Indian journal of veterinary science and animal husbandry - Volumes 15-17, 1948-1951
Year: 1948
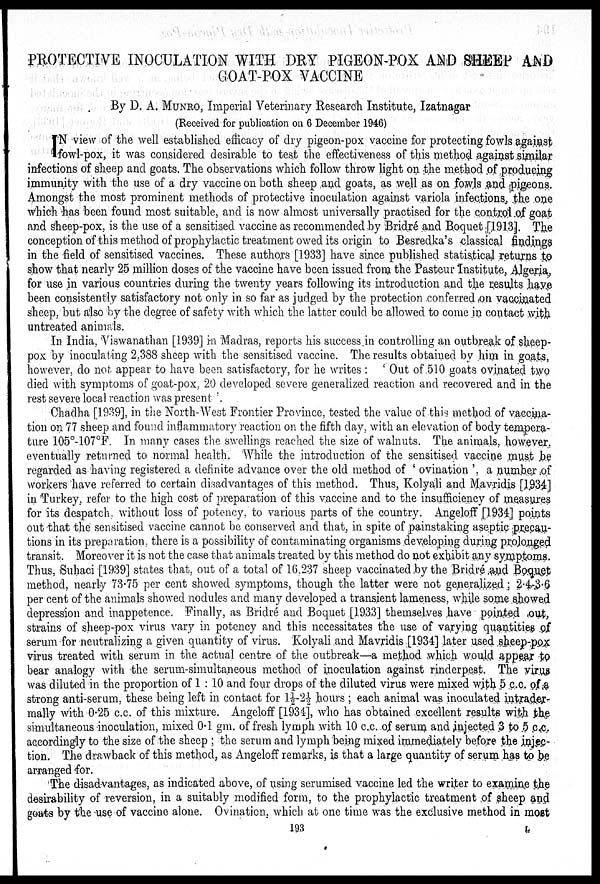
PROTECTIVE INOCULATION WITH DRY PIGEON-POX AND SHEEP AND
GOAT-POX VACCINE
By D. A. MUNRO, Imperial Veterinary Research Institute, Izatnagar
(Received for publication on 6 December 1946)
I N view of the well established efficacy of dry pigeon-pox vaccine for protecting fowls against
fowl-pox, it was considered desirable to test the effectiveness of this method against similar
infections of sheep and goats. The observations which follow throw light on the method of producing
immunity with the use of a dry vaccine on both sheep and goats, as well as on fowls and pigeons.
Amongst the most prominent methods of protective inoculation against variola infections, the one
which has been found most suitable, and is now almost universally practised for the control of goat
and sheep-pox, is the use of a sensitised vaccine as recommended by Bridré and Boquet [1913]. The
conception of this method of prophylactic treatment owed its origin to Besredka's classical findings
in the field of sensitised vaccines. These authors [1933] have since published statistical returns to
show that nearly 25 million doses of the vaccine have been issued from the Pasteur Institute, Algeria,
for use in various countries during the twenty years following its introduction and the results have
been consistently satisfactory not only in so far as judged by the protection conferred on vaccinated
sheep, but also by the degree of safety with which the latter could be allowed to come in contact with
untreated animals.
In India. Viswanathan [1939] in Madras, reports his success in controlling an outbreak of sheep-
pox by inoculating 2.388 sheep with the sensitised vaccine. The results obtained by him in goats,
however, do not appear to have been satisfactory, for he writes: 'Out of .510 goats ovinated two
died with symptoms of goat-pox, 20 developed severe generalized reaction and recovered and in the
rest severe local reaction was present'.
Chadha [1939], in the North-West Frontier Province, tested the value of this method of vaccina-
tion on 77 sheep and found inflammatory reaction on the fifth day, with an elevation of body tempera-
ture 105º-107ºF. In many cases the swellings reached the size of walnuts. The animals, however,
eventually returned to normal health. While the introduction of the sensitised vaccine must be
regarded as having registered a definite advance over the old method of 'ovination', a number of
workers have referred to certain disadvantages of this method. Thus, Kolyali and Mavridis [1934]
in Turkey, refered to the high cost of preparation of this vaccine and to the insufficiency of measures
for its despatch, without loss of potency, to various parts of the country. Angeloff [1934] points
out that the sensitised vaccine cannot be conserved and that, in spite of painstaking aseptic precau-
tions in its preparation, there is a possibility of contaminating organisms developing during prolonged
transit. Moreover it is not the case that animals treated by this method do not exhibit any symptoms.
Thus, Suhaci [1939] states that, out of a total of 16.237 sheep vaccinated by the Bridré and Boquet
method, nearly 73.75 per cent showed symptoms, though the latter were not generalized; 2.4-3.6
per cent of the animals showed nodules and many developed a transient lameness, while some showed
depression and inappetence. Finally, as Bridré and Boquet [1933] themselves have pointed out,
strains of sheep-pox virus vary in potency and this necessitates the use of varying quantities of
serum for neutralizing a given quantity of virus. Kolyali and Mavridis [1934] later used sheep-pox
virus treated with serum in the actual centre of the outbreak—a method which would appear to
bear analogy with the serum-simultaneous method of inoculation against rinderpest. The virus
was diluted in the proportion of 1:10 and four drops of the diluted virus were mixed with 5 c.c. of a
strong anti-serum, these being left in contact for 1½-2½ hours; each animal was inoculated intrader-
mally with 0.25 c.c. of this mixture. Angeloff [1934], who has obtained excellent results with the
simultaneous inoculation, mixed 0.1 gm. of fresh lymph with 10 c.c. of serum and injected 3 to 5 c c.
accordingly to the size of the sheep; the serum and lymph being mixed immediately before the injec-
tion. The drawback of this method, as Angeloff remarks, is that a large quantity of serum has to be
arranged for.
The disadvantages, as indicated above, of using serumised vaccine led the writer to examine the
desirability of reversion, in a suitably modified form, to the prophylactic treatment of sheep and
goats by the use of vaccine alone. Ovination, which at one time was the exclusive method in most
193
L